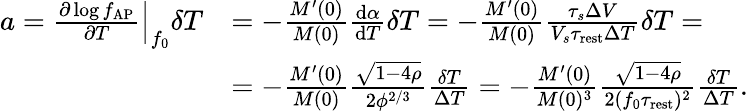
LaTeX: \begin{array}{rl}{a=\left.\frac{\partial\log f_{\mathrm{AP}}}{\partial T}\right|_{f_{0}}\delta T}&{=-\frac{M^{\prime}(0)}{M(0)}\frac{\mathrm{d}\alpha}{\mathrm{d}T}\delta T=-\frac{M^{\prime}(0)}{M(0)}\frac{\tau_{s}\Delta V}{V_{s}\tau_{\mathrm{rest}}\Delta T}\delta T=}\\ &{=-\frac{M^{\prime}(0)}{M(0)}\frac{\sqrt{1-4\rho}}{2\phi^{2/3}}\frac{\delta T}{\Delta T}=-\frac{M^{\prime}(0)}{M(0)^{3}}\frac{\sqrt{1-4\rho}}{2(f_{0}\tau_{\mathrm{rest}})^{2}}\frac{\delta T}{\Delta T}.}\end{array}